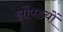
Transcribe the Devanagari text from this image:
झोंपडयों